Problem: 31 + 29 = ?
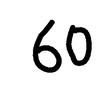
Handwritten answer: 60